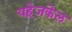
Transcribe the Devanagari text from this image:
यहेजकेल